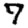
Digit: 7